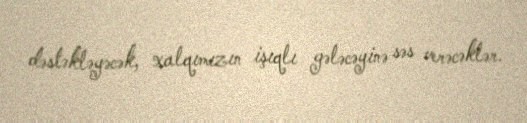
dəstəkləyəcək, xalqımızın işıqlı gələcəyinə səs verəcəklər.